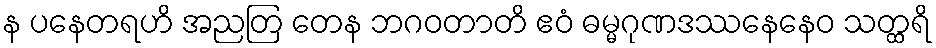
န ပနေတရဟိ အညတြ တေန ဘဂဝတာတိ ဧဝံ ဓမ္မဂုဏဒဿနေနေဝ သတ္ထရိ